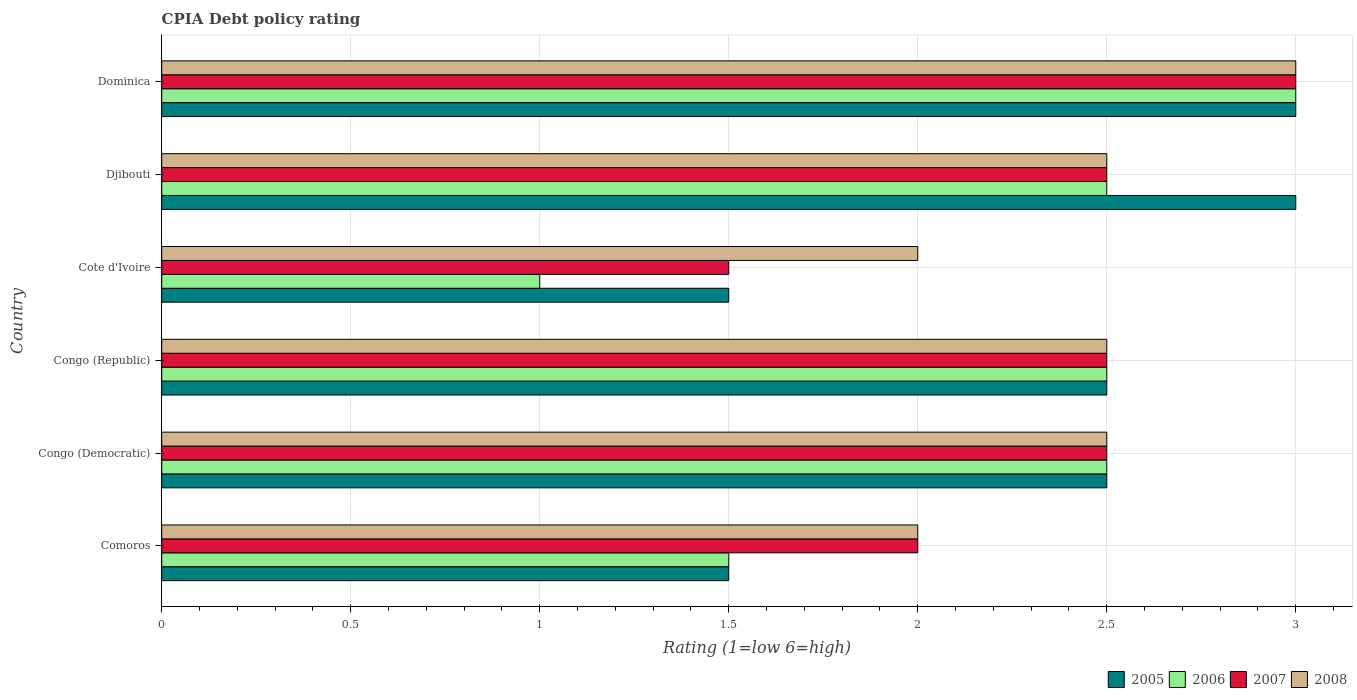
| Country | 2005 | 2006 | 2007 | 2008 |
 | --- | --- | --- | --- | --- |
 | Comoros | 1.5 | 1.5 | 2 | 2 |
 | Congo (Democratic) | 2.5 | 2.5 | 2.5 | 2.5 |
 | Congo (Republic) | 2.5 | 2.5 | 2.5 | 2.5 |
 | Cote d'Ivoire | 1.5 | 1 | 1.5 | 2 |
 | Djibouti | 3 | 2.5 | 2.5 | 2.5 |
 | Dominica | 3 | 3 | 3 | 3 |